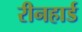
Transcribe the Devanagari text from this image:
रीनहार्ड